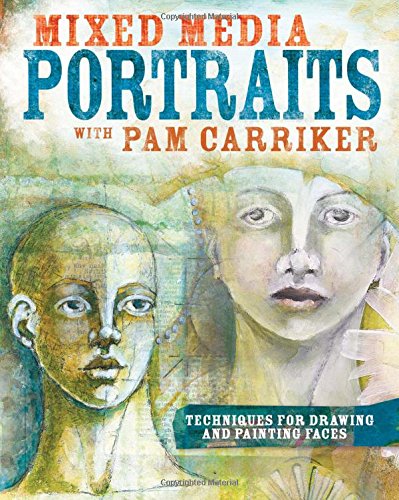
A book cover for Mixed Media Portraits with Pam Carriker: Techniques for Drawing and Painting Faces; Pam Carriker; Crafts, Hobbies & Home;